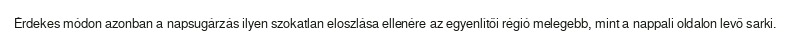
Érdekes módon azonban a napsugárzás ilyen szokatlan eloszlása ellenére az egyenlítői régió melegebb, mint a nappali oldalon levő sarki.